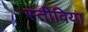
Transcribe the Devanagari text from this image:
स्तीविया